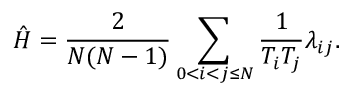
\hat { H } = \frac { 2 } { N ( N - 1 ) } \sum _ { 0 < i < j \leq N } \frac { 1 } { T _ { i } T _ { j } } \lambda _ { i j } .